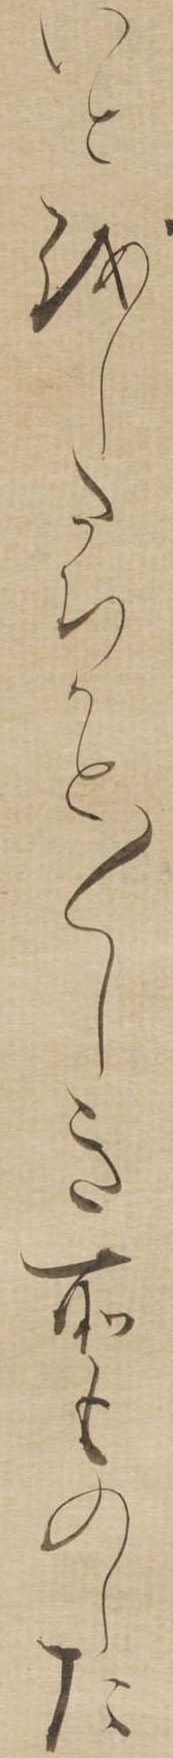
いとをしたちかと〱しき所ものした